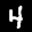
Label: 4